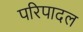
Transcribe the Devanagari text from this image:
परिपादल